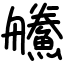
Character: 䲍